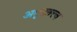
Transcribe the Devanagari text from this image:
अमृततत्त्व